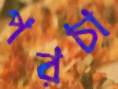
পরচা